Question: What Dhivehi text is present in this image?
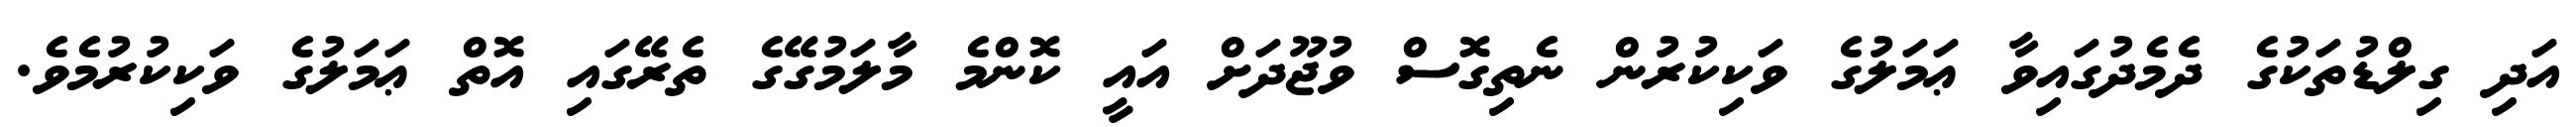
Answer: އަދި ގިލްޑުތަކުގެ ދެމެދުގައިވާ ޢަމަލުގެ ވަކިކުރުން ނެތިގޮސް ވުޖޫދަށް އައީ ކޮންމެ މާލަމުގޭގެ ތެރޭގައި އޮތް ޢަމަލުގެ ވަކިކުރުމެވެ.